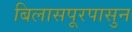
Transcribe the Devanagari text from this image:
बिलासपूरपासुन